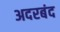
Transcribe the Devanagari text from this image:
अदरबंद